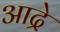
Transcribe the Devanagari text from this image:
आद्रे